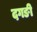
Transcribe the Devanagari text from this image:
दगङी